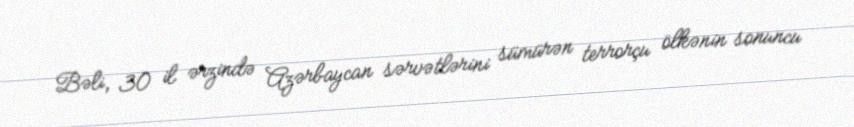
Bəli, 30 il ərzində Azərbaycan sərvətlərini sümürən terrorçu ölkənin sonuncu